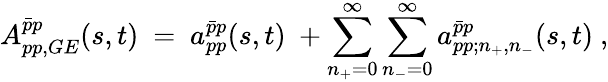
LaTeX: {A_{pp,GE}^{\bar{p}p}}(s,t)\ =\ {a_{pp}^{\bar{p}p}}(s,t)\ +\sum_{n_{+}=0}^{\infty}\sum_{n_{-}=0}^{\infty}a_{pp;n_{+},n_{-}}^{\bar{p}p}(s,t)\ ,